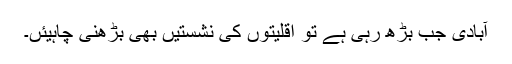
آبادی جب بڑھ رہی ہے تو اقلیتوں کی نشستیں بھی بڑھنی چاہیئں۔